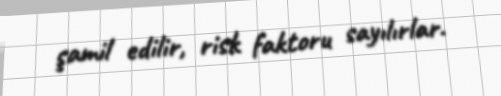
şamil edilir, risk faktoru sayılırlar.